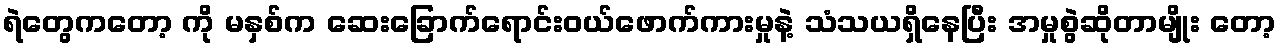
ရဲတွေကတော့ ကို မနှစ်က ဆေးခြောက်ရောင်းဝယ်ဖောက်ကားမှုနဲ့ သံသယရှိနေပြီး အမှုစွဲဆိုတာမျိုး တော့